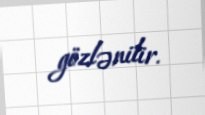
gözlənilir.